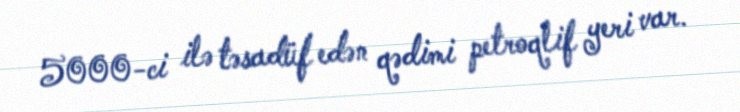
5000-ci ilə təsadüf edən qədimi petroqlif yeri var.